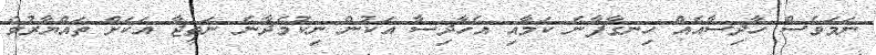
ނަމަވެސް ހާދިސާއެއް ހިނގާފާނެ ކަމާއި އެހާދިސާ އަކުން ނިކުމެދާނެ ނަތީޖާ އަކަށް ތައްޔާރުވެ